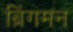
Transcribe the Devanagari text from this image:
ब्रिंगमन